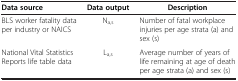
<table><thead><tr><td><b>Data source</b></td><td><b>Data output</b></td><td><b>Description</b></td></tr></thead><tbody><tr><td>BLS worker fatality data per industry or NAICS</td><td>N<sub>a,s</sub></td><td>Number of fatal workplace injuries per age strata (a) and sex (s)</td></tr><tr><td>National Vital Statistics Reports life table data</td><td>L<sub>a,s</sub></td><td>Average number of years of life remaining at age of death per age strata (a) and sex (s)</td></tr></tbody></table>